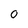
Character: 0